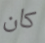
كان